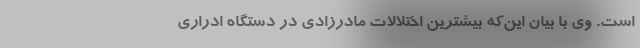
است. وی با بیان این‌که بیشترین اختلالات مادرزادی در دستگاه ادراری